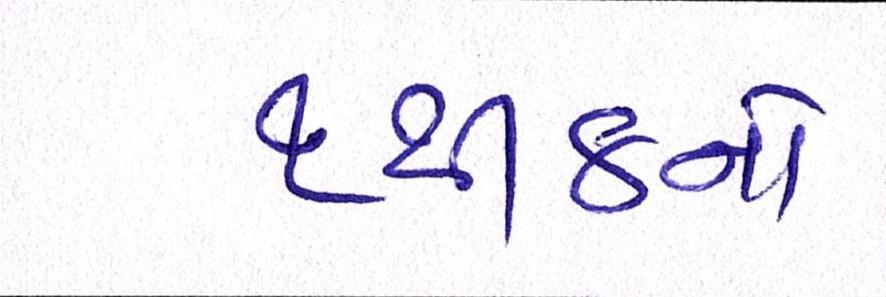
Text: ૧થી૪નો